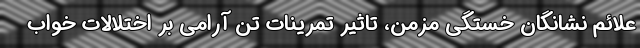
علائم نشانگان خستگی مزمن، تاثير تمرينات تن آرامي بر اختلالات خواب